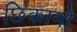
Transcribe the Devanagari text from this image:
छिकागो